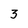
Character: 3